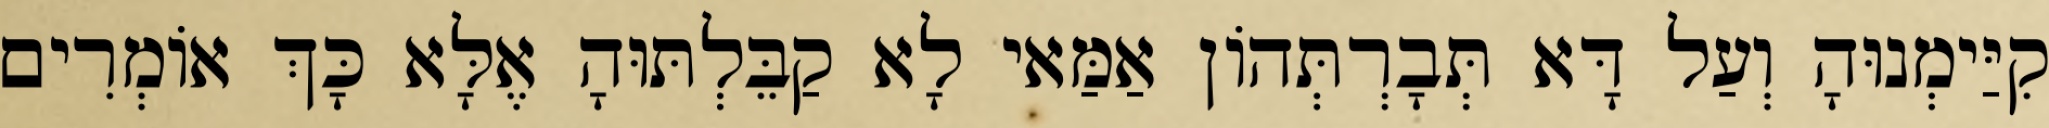
קִיַּימְנוּהָ וְעַל דָּא תְּבָרְתְּהוֹן אַמַּאי לָא קַבֵּלְתּוּהָ אֶלָּא כָּךְ אוֹמְרִים